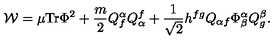
{ \cal { W } } = \mu \mathrm { T r } \Phi ^ { 2 } + \frac { m } { 2 } Q _ { f } ^ { \alpha } Q _ { \alpha } ^ { f } + \frac { 1 } { \sqrt { 2 } } h ^ { f g } Q _ { \alpha f } \Phi _ { \beta } ^ { \alpha } Q _ { g } ^ { \beta } .